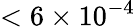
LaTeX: <6\times 10^{-4}